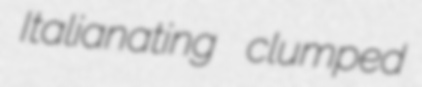
Italianating clumped